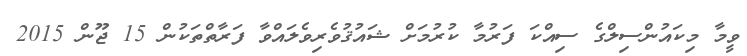
ވީމާ މިކައުންސިލްގެ ސިއްކަ ފަރުމާ ކުރުމަށް ޝައުޤުވެރިވެލައްވާ ފަރާތްތަކުން 15 ޖޫން 2015